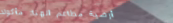
أرضية مطاعم الهنا: مأكولا